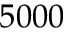
5 0 0 0